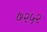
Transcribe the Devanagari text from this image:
७२५२